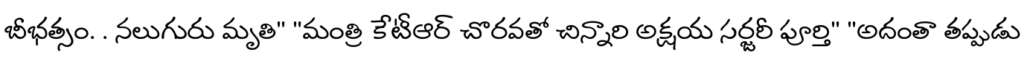
బీభత్సం. . నలుగురు మృతి" "మంత్రి కేటీఆర్ చొరవతో చిన్నారి అక్షయ సర్జరీ పూర్తి" "అదంతా తప్పుడు